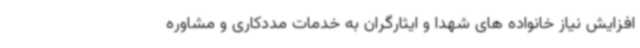
افزایش نیاز خانواده های شهدا و ایثارگران به خدمات مددکاری و مشاوره